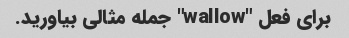
برای فعل "wallow" جمله مثالی بیاورید.